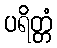
ပရိတ္တံ